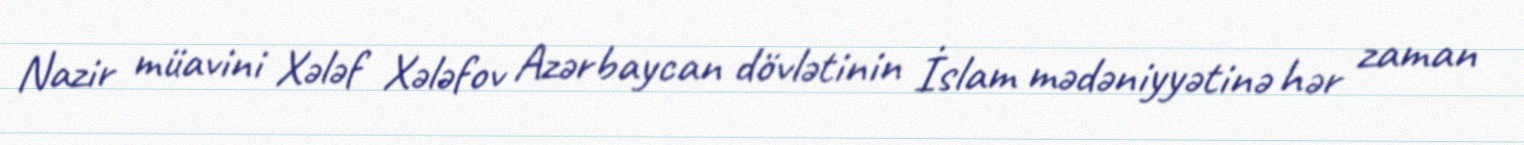
Nazir müavini Xələf Xələfov Azərbaycan dövlətinin İslam mədəniyyətinə hər zaman